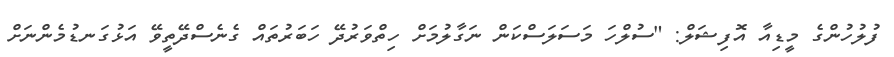
ފުލުހުންގެ މީޑިއާ އޮފިޝަލް: "ސުލްހަ މަސަލަސްކަން ނަގާލުމަށް ހިތްވަރުދޭ ހަބަރުތައް ގެނެސްދޭތީވޭ އަޅުގަނޑުމެންނަށް